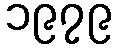
၁၉၇၉